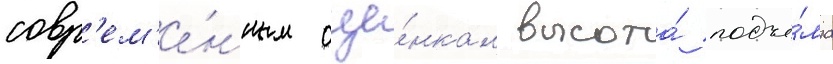
совр'ем'е́нным оце́нкам высота́ подъё́ма